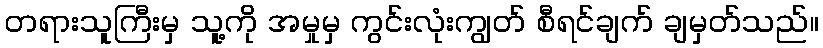
တရားသူကြီးမှ သူ့ကို အမှုမှ ကွင်းလုံးကျွတ် စီရင်ချက် ချမှတ်သည်။